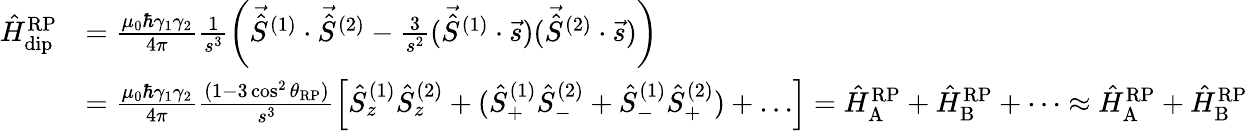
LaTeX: \begin{array}{rl}{\hat{H}_{\mathrm{dip}}^{\mathrm{RP}}}&{=\frac{\mu_{0}\hbar\gamma_{1}\gamma_{2}}{4\pi}\frac{1}{s^{3}}\left(\vec{\hat{S}}^{(1)}\cdot\vec{\hat{S}}^{(2)}-\frac{3}{s^{2}}(\vec{\hat{S}}^{(1)}\cdot\vec{s})(\vec{\hat{S}}^{(2)}\cdot\vec{s})\right)}\\ &{=\frac{\mu_{0}\hbar\gamma_{1}\gamma_{2}}{4\pi}\frac{(1-3\cos^{2}{\theta_{\mathrm{RP}}})}{s^{3}}\left[\hat{S}_{z}^{(1)}\hat{S}_{z}^{(2)}+(\hat{S}_{+}^{(1)}\hat{S}_{-}^{(2)}+\hat{S}_{-}^{(1)}\hat{S}_{+}^{(2)})+\dots\right]=\hat{H}_{\mathrm{A}}^{\mathrm{RP}}+\hat{H}_{\mathrm{B}}^{\mathrm{RP}}+\dots\approx\hat{H}_{\mathrm{A}}^{\mathrm{RP}}+\hat{H}_{\mathrm{B}}^{\mathrm{RP}}}\end{array}